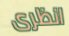
انظرى